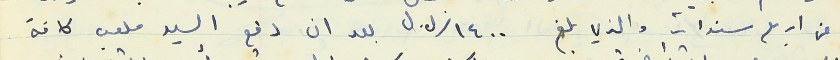
عن اربع سنوات والذي بلغ ١٤٠٠/ ل.ل بعد ان دفع السيد ملعب كافة